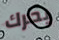
يحرك